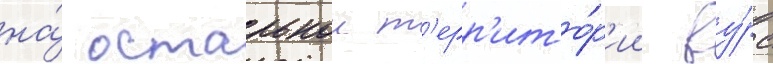
на́ остальнои т'ерр'ито́р'ии ву́рс